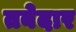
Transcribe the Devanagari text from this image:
तबेदार